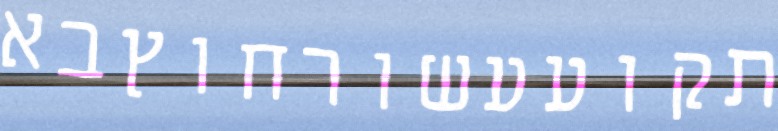
תקועעשורחוץבא